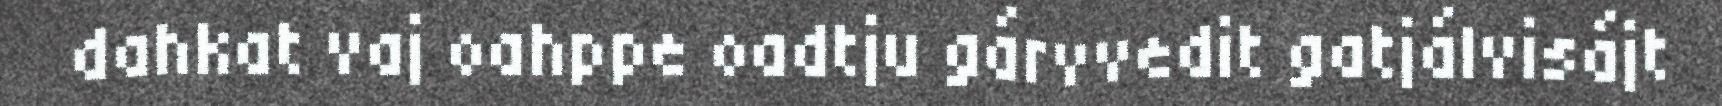
dahkat vaj oahppe oadtju gárvvedit gatjálvisájt